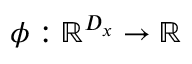
\phi : \mathbb { R } ^ { D _ { x } } \rightarrow \mathbb { R }